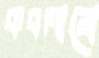
কবলানো